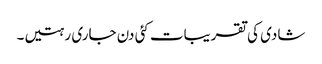
شادی کی تقریبات کئی دن جاری رہتیں۔